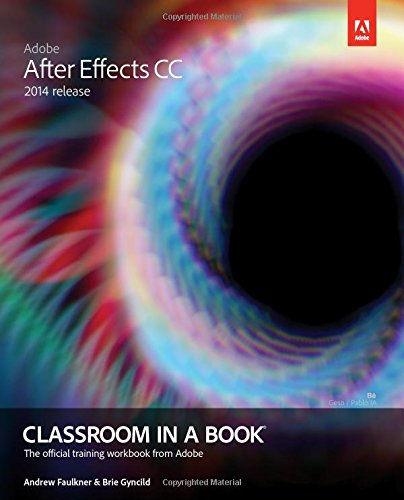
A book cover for Adobe After Effects CC Classroom in a Book (2014 release); Andrew Faulkner; Computers & Technology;